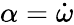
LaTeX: \alpha={\dot{\omega}}